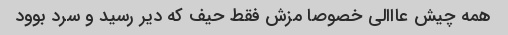
همه چیش عااالی خصوصا مزش فقط حیف که دیر رسید و سرد بوود